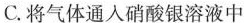
C.将气体通入硝酸银溶液中